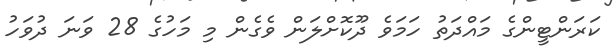
ކަރަންޓީންގެ މައްދަތު ހަމަވެ ދޫކޮށްލަން ވެގެން މި މަހުގެ 28 ވަނަ ދުވަހު